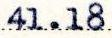
41.18